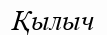
Қылыч